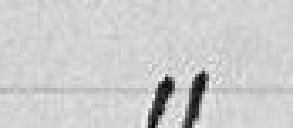
»